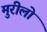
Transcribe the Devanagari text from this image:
मुरीलो